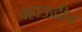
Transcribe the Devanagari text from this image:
वहाऊद्दीन